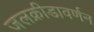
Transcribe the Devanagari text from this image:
जलक्रीडावर्णन